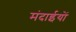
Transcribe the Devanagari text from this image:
मंदाईयों